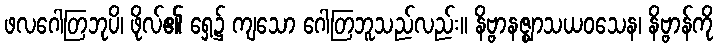
ဖလဂေါတြဘုပိ၊ ဖိုလ်၏ ရှေ့၌ ကျသော ဂေါတြဘူသည်လည်း။ နိဗ္ဗာနဇ္ဈာသယဝသေန၊ နိဗ္ဗာန်ကို